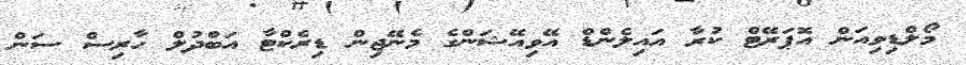
މޯލްޑިވިއަން އޮޕަރޭޓް ކުރާ އައިލެންޑް އޭވިއޭޝަންގެ މެނޭޖިން ޑިރެކްޓާ އަބްދުލް ހާރިސް ސަން